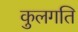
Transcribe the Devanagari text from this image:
कुलगति